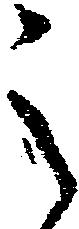
之